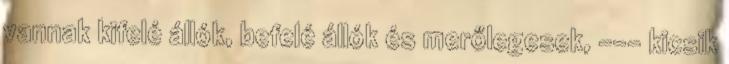
vannak kifelé állók, befelé állók és merőlegesek, --- kicsik